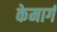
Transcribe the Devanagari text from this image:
केमार्ग